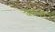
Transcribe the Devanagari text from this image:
वेरान्ज़ो